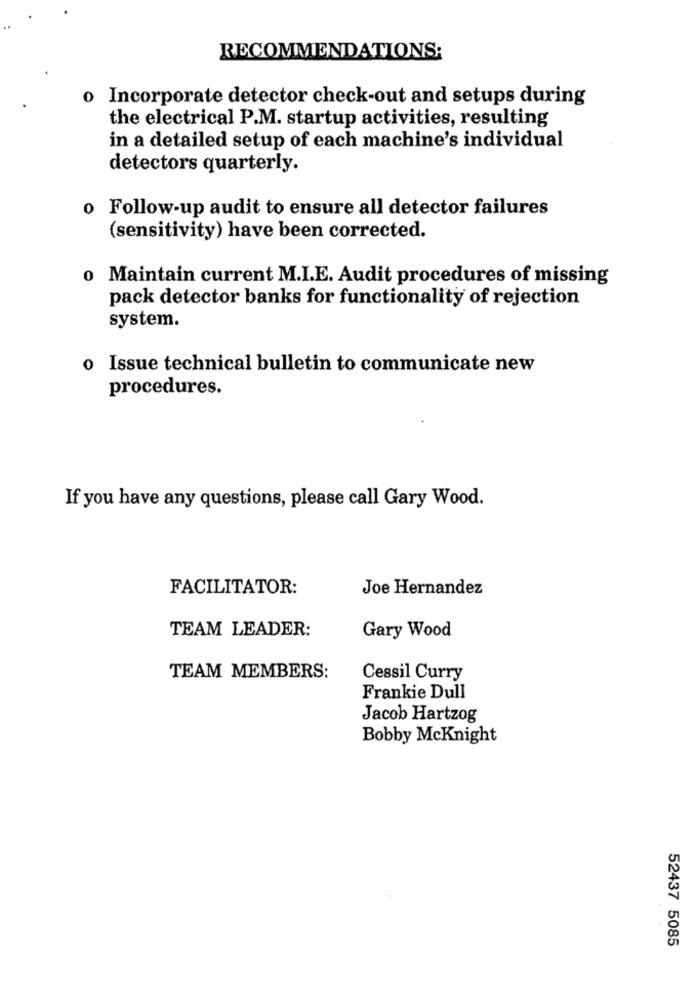
RECOMMENDATIONS:
o Incorporate detector check-out and setups during
the electrical P.M. startup activities, resulting
in a detailed setup of each machine's individual
detectors quarterly.
o Follow-up audit to ensure all detector failures
(sensitivity) have been corrected.
o Maintain current M.I.E. Audit procedures of missing
pack detector banks for functionality of rejection
system.
o Issue technical bulletin to communicate new
procedures.
If you have any questions, please call Gary Wood.
FACILITATOR:
Joe Hernandez
TEAM LEADER:
Gary Wood
TEAM MEMBERS:
Cessil Curry
Frankie Dull
Jacob Hartzog
Bobby McKnight
52437 5085